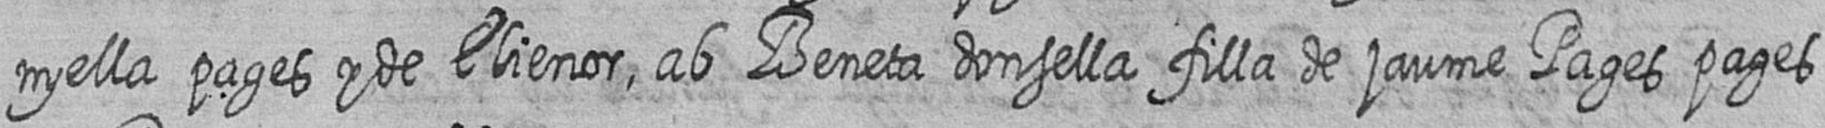
nyella pages y de Elienor ab Beneta donsella filla de jaume Pages pages